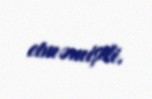
etməmişdi.